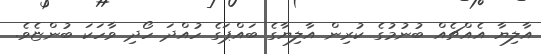
އާލިޔާ އެއްޗެއް ބުނުމުގެ ކުރިން އާލިޔާގެ ބައްޕަގެ ހުއްދަ ހޯދި ވާހަކަ ބުންޏެވެ.